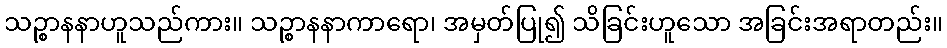
သဉ္စာနနာဟူသည်ကား။ သဉ္စာနနာကာရော၊ အမှတ်ပြု၍ သိခြင်းဟူသော အခြင်းအရာတည်း။